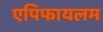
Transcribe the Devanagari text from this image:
एपिफायलम